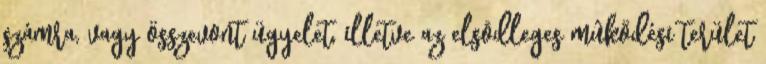
számra, vagy összevont ügyelet, illetve az elsõdleges mûködési terület